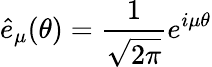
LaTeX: {\hat{e}_{\mu}}(\theta)=\frac{1}{\sqrt{2\pi}}e^{i\mu\theta}